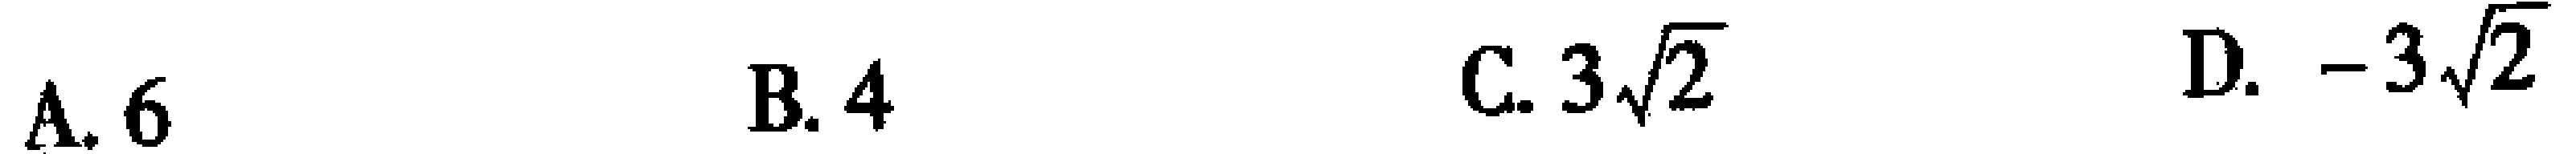
A. \(6\)  B. \(4\)  C. \(3\sqrt{2}\)  D. \(-3\sqrt{2}\)